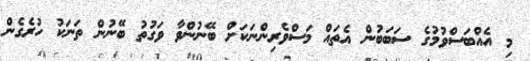
މި އެއްބަސްވުމުގެ ސަބަބުން އެތައް މަސްވެރިންނަކަށް ބޭނުންވާ ވަގުތު ބޭނުން ތަނަކު ހުރެގެން